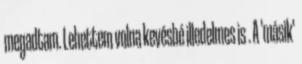
megadtam. Lehettem volna kevésbé illedelmes is . A 'másik'